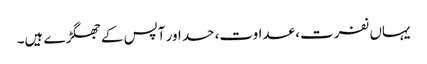
یہاں نفرت، عداوت، حسد اور آپس کے جھگڑے ہیں۔